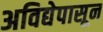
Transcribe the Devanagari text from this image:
अविद्येपासून